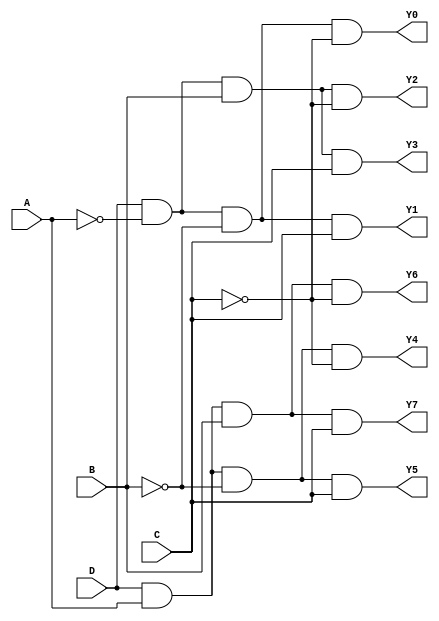
module deMUX(D,A,B,C,Y7,Y6,Y5,Y4,Y3,Y2,Y1,Y0);
  input D,A,B,C;
  output Y7,Y6,Y5,Y4,Y3,Y2,Y1,Y0;
  assign Y7=D&A&B&C;
  assign Y6=D&A&B&~C;
  assign Y5=D&A&~B&C;
  assign Y4=D&A&~B&~C;
  assign Y3=D&~A&B&C;
  assign Y2=D&~A&B&~C;
  assign Y1=D&~A&~B&C;
  assign Y0=D&~A&~B&~C;
endmodule